Notes on the propagation and cultivation of the medicinal cinchonas, or Peruvian bark trees
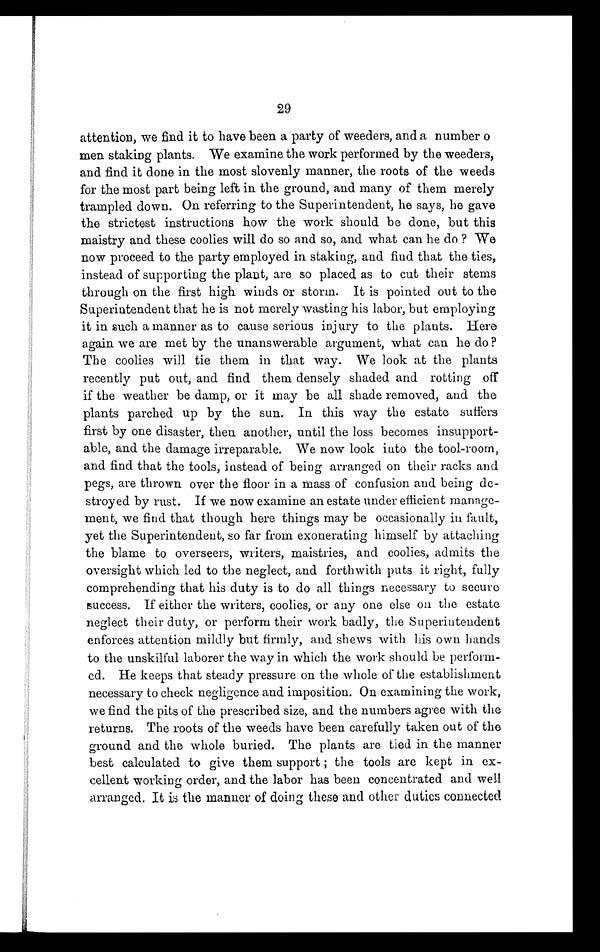
29
attention, we find it to have been a party of weeders, and a number o
men staking plants. We examine the work performed by the weeders,
and find it done in the most slovenly manner, the roots of the weeds
for the most part being left in the ground, and many of them merely
trampled down. On referring to the Superintendent, he says, he gave
the strictest instructions how the work should be done, but this
maistry and these coolies will do so and so, and what can he do ? We
now proceed to the party employed in staking, and find that the ties,
instead of supporting the plant, are so placed as to cut their stems
through on the first high winds or storm. It is pointed out to the
Superintendent that he is not merely wasting his labor, but employing
it in such a manner as to cause serious injury to the plants. Here
again we are met by the unanswerable argument, what can he do ?
The coolies will tie them in that way. We look at the plants
recently put out, and find them densely shaded and rotting off
if the weather be damp, or it may be all shade removed, and the
plants parched up by the sun. In this way the estate suffers
first by one disaster, then another, until the loss becomes insupport
-able, and the damage irreparable. We now look into the tool-room,
and find that the tools, instead of being arranged on their racks and
pegs, are thrown over the floor in a mass of confusion and being de
-stroyed by rust. If we now examine an estate under efficient manage
-ment, we find that though here things may be occasionally in fault,
yet the Superintendent, so far from exonerating himself by attaching
the blame to overseers, writers, maistries, and coolies, admits the
oversight which led to the neglect, and forthwith puts it right, fully
comprehending that his duty is to do all things necessary to secure
success. If either the writers, coolies, or any one else on the estate
neglect their duty, or perform their work badly, the Superintendent
enforces attention mildly but firmly, and shews with his own hands
to the unskilful laborer the way in which the work should be perform-
ed. He keeps that steady pressure on the whole of the establishment
necessary to check negligence and imposition. On examining the work,
we find the pits of the prescribed size, and the numbers agree with the
returns. The roots of the weeds have been carefully taken out of the
ground and the whole buried. The plants are tied in the manner
best calculated to give them support ; the tools are kept in ex
-cellent working order, and the labor has been concentrated and well
arranged. It is the manner of doing these and other duties connected